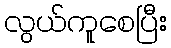
လွယ်ကူစေပြီး